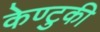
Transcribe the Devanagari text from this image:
केण्टुकी